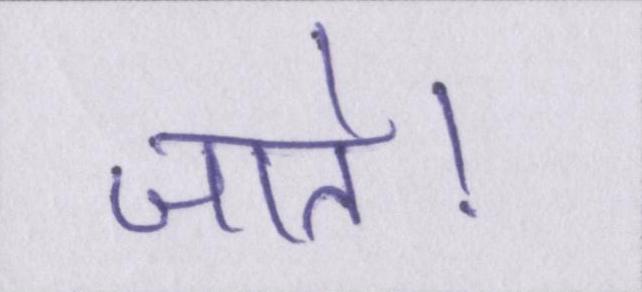
जाते।